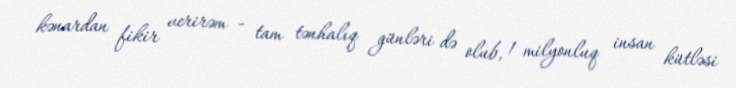
kənardan fikir verirəm - tam tənhalıq günləri də olub, 1 milyonluq insan kütləsi